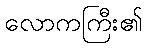
လောကကြီး၏